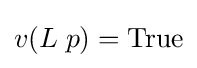
v(L\;p)={\text{True}}